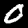
Label: 0